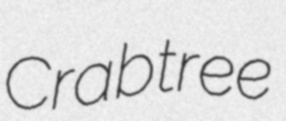
Crabtree